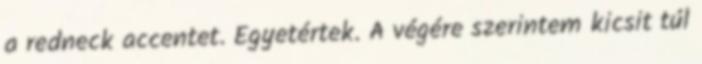
a redneck accentet. Egyetértek. A végére szerintem kicsit túl